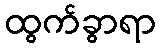
ထွက်ခွာရာ